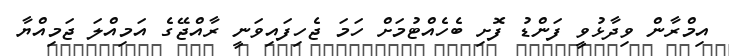
އިމްރާން ވިދާޅުވީ ފަންޑު ފޮށި ބެހެއްޓުމަށް ހަމަ ޖެހިފައިވަނީ ރާއްޖޭގެ އަމިއްލަ ޖަމިއްޔާ